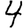
Digit: 4